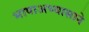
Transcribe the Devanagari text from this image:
भाषाअभ्यासाने